Scientific memoirs by medical officers of the Army of India - Part IX,
Year: 1895
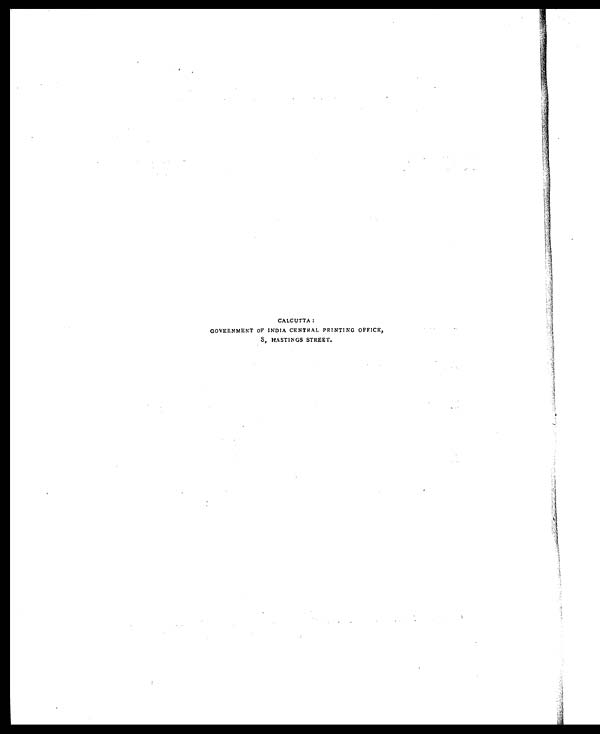
CALCUTTA :
GOVERNMENT OF INDIA CENTRAL PRINTING OFFICE,
8, HASTINGS STREET.